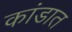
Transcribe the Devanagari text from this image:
कांडात